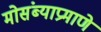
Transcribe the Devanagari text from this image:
मोसंब्याप्रमाणे